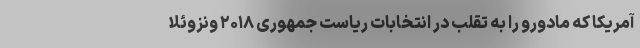
آمریکا که مادورو را به تقلب در انتخابات ریاست جمهوری ۲۰۱۸ ونزوئلا